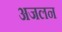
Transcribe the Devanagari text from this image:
अजलन